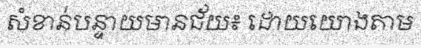
សំខាន់បន្ទាយមានជ័យ៖ ដោយយោងតាម